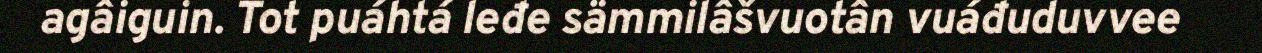
agâiguin. Tot puáhtá leđe sämmilâšvuotân vuáđuduvvee